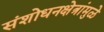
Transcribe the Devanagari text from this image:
संशोधनक्षेत्रांमुळे